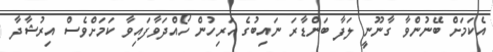
އެކަމަށް ބޭނުންވާ ގާނޫނީ ލަފާ ބަންޑާރަ ނައިބުގެ އަރިހުން ހޯއްދަވާފައިވާ ކަމަށްވެސް އިރުޝާދާ